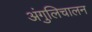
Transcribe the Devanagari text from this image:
अंगुलिचालन